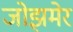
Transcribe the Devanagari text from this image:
जोझमेर